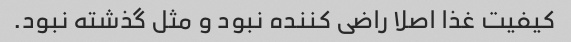
کیفیت غذا اصلا راضی کننده نبود و مثل گذشته نبود.